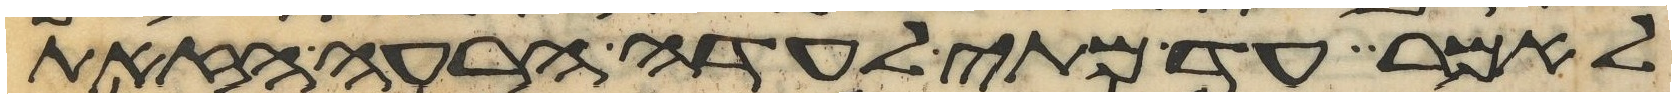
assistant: לאמר עד מתי לעדה הרעה הזאת